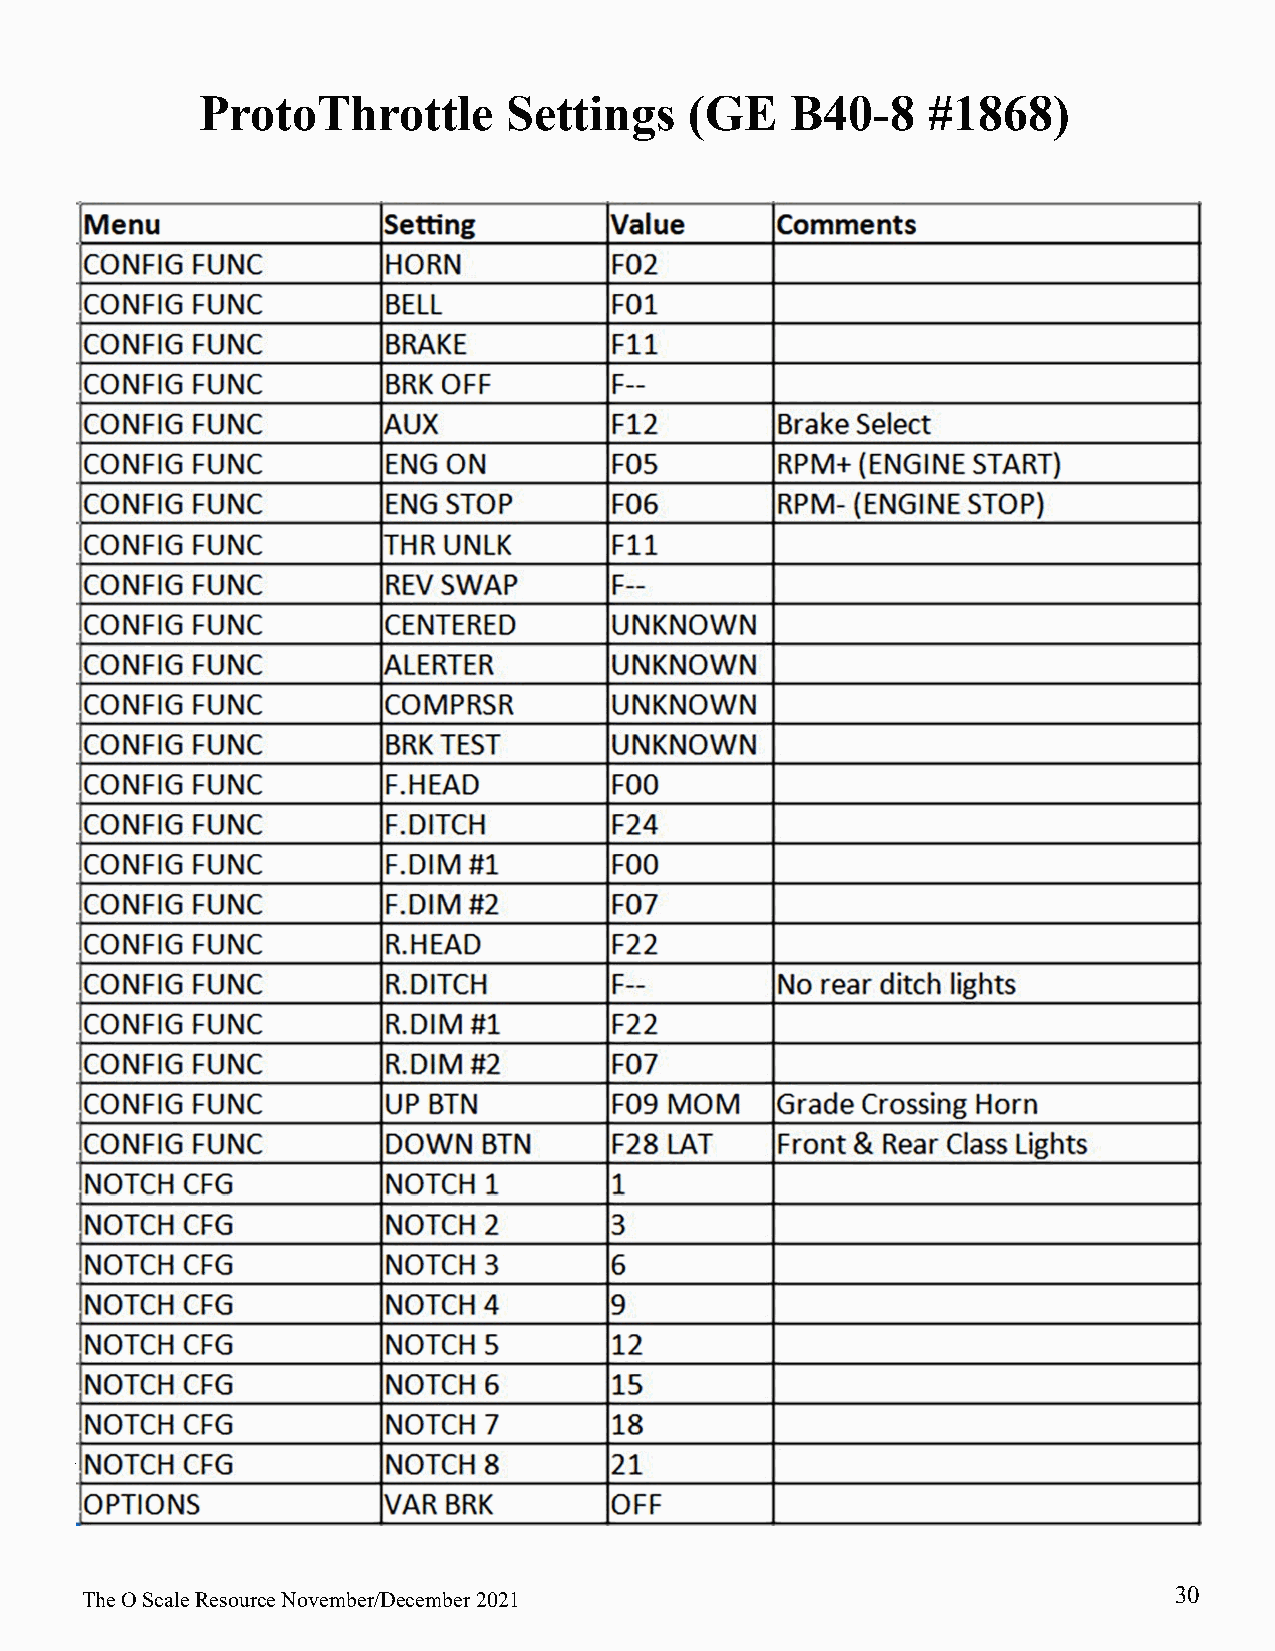
ProtoThrottle        Settings    (GE   B40-8    #1868)
 Important Items to Note about the ProtoThrottle:
 30
 The O Scale Resource November/December 2021